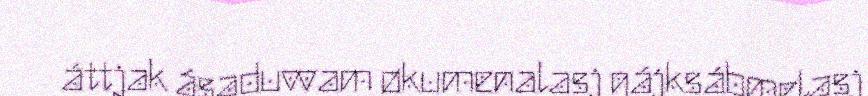
áttjak ásaduvvam økumenalasj gájksábmelasj